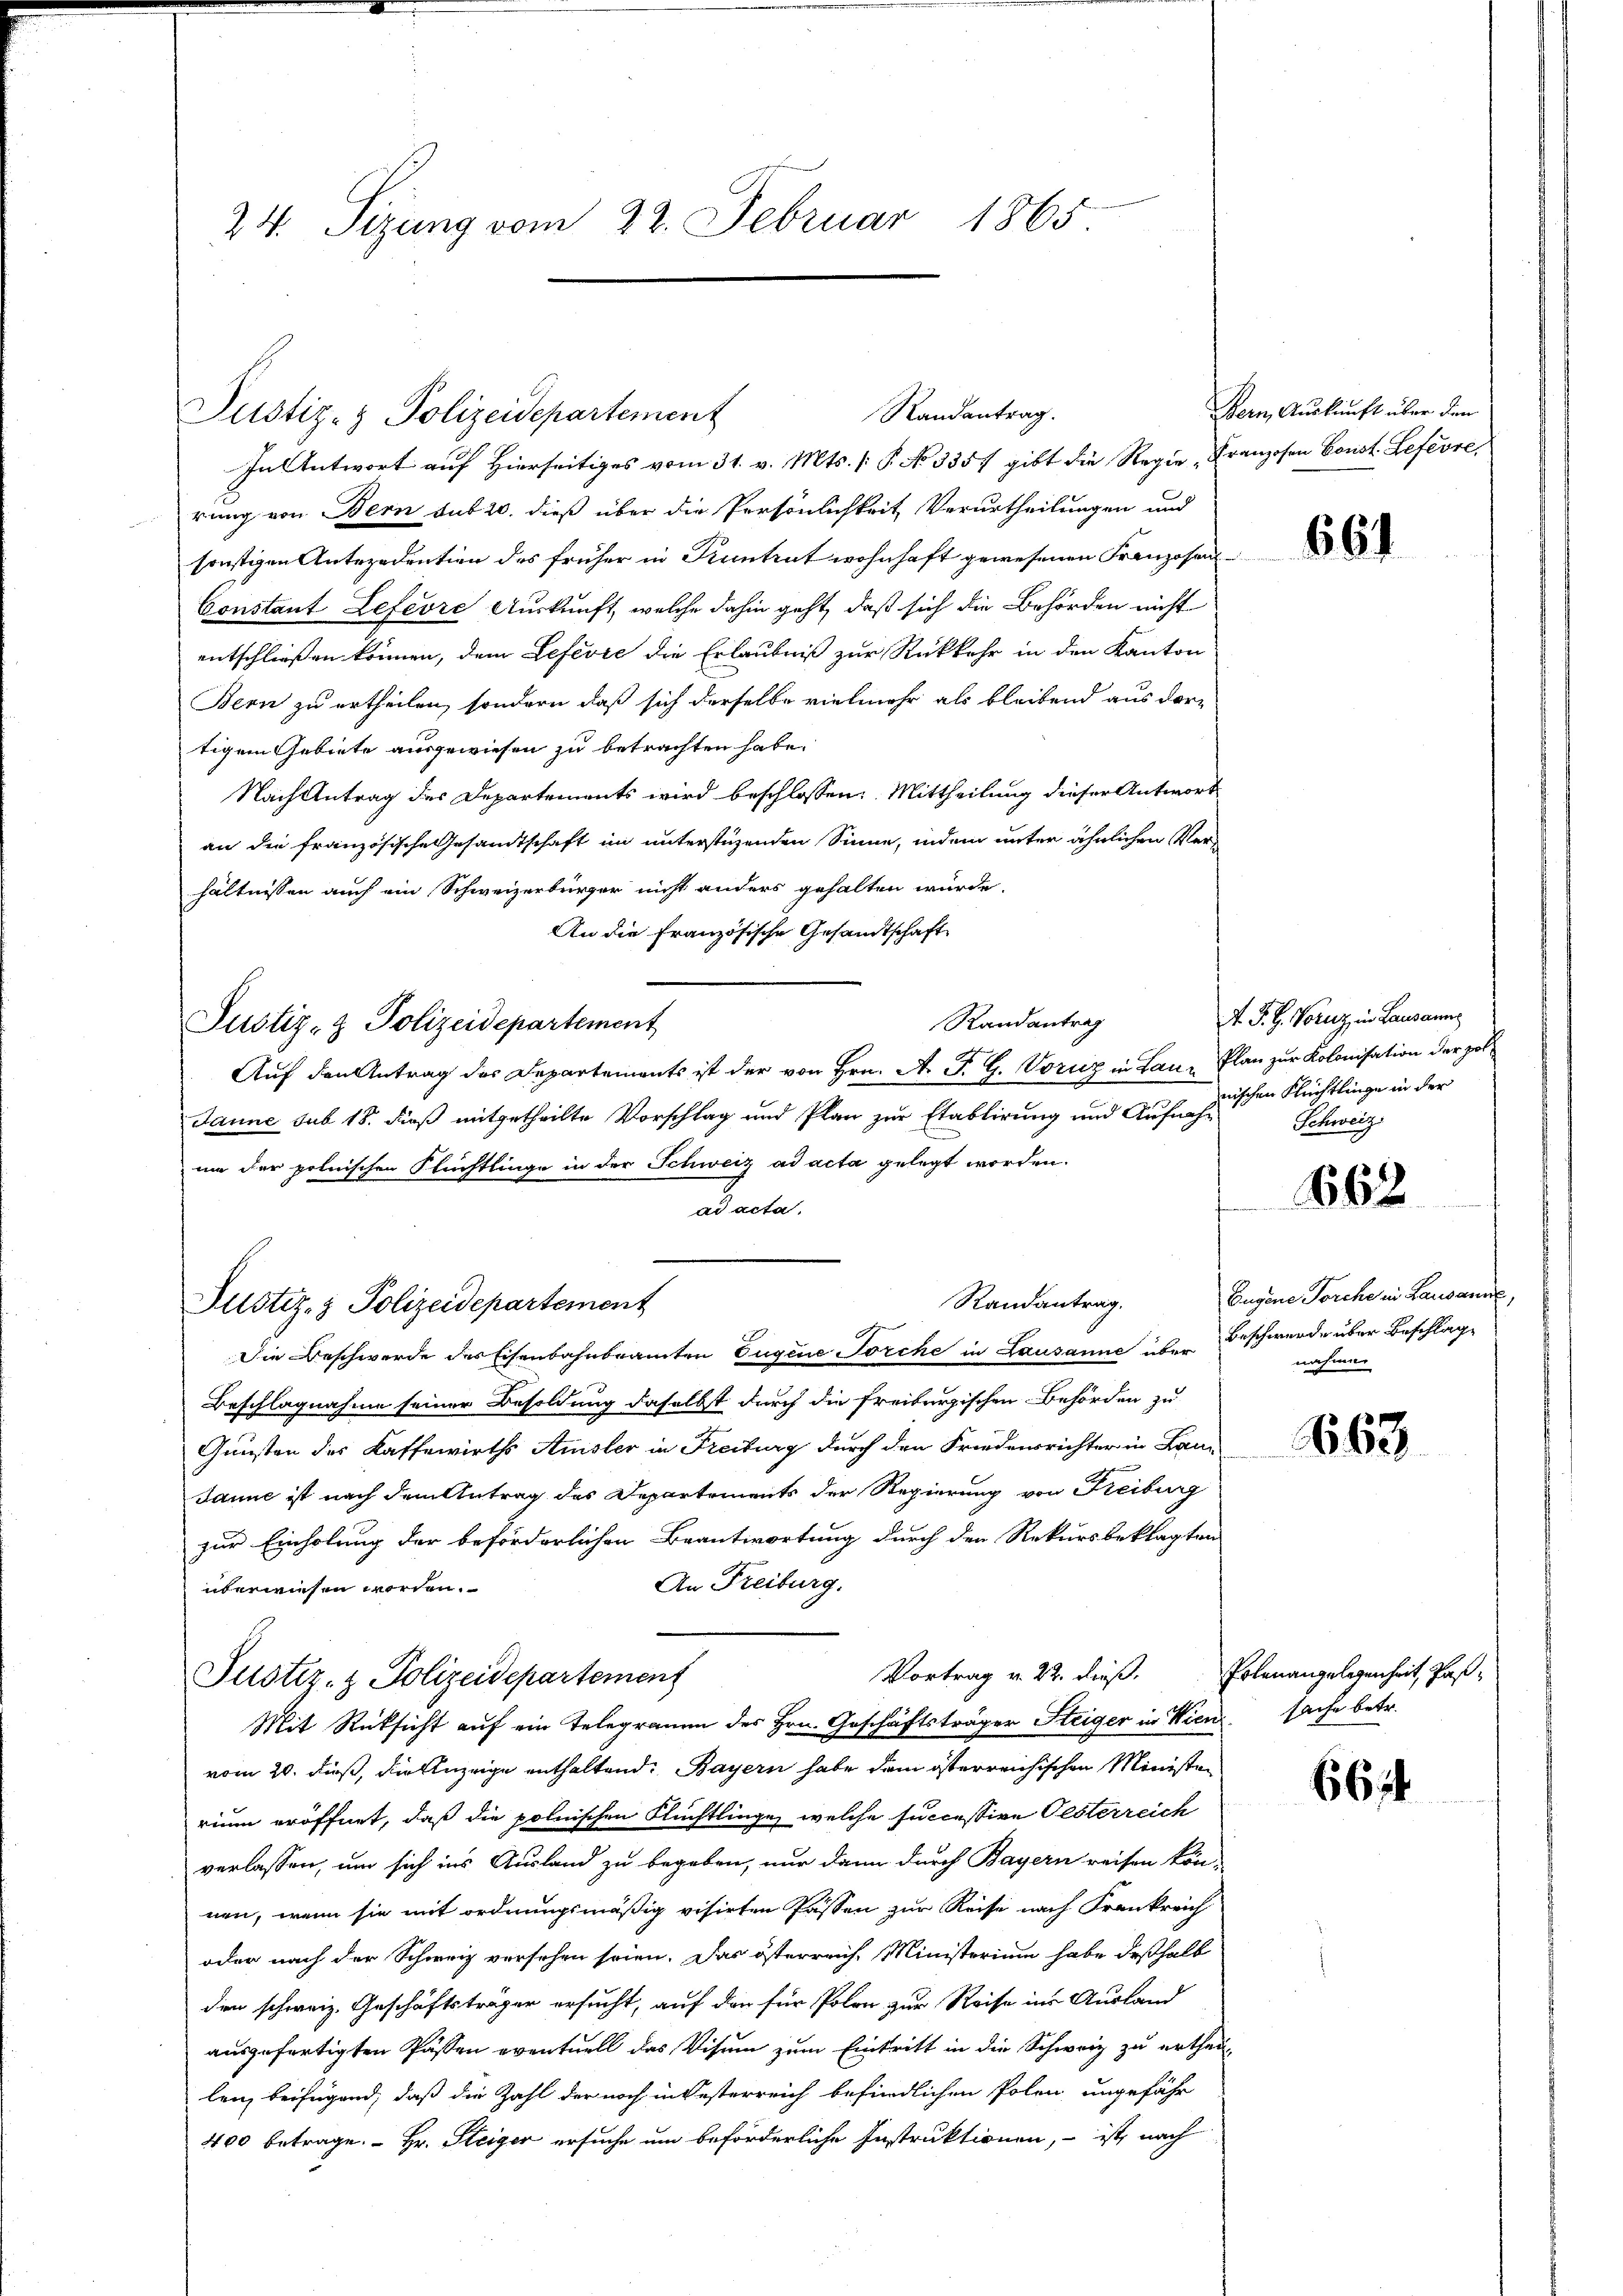
24. Sizung vom 22. Februar 1865.

Justiz- & Polizeidepartement

Justiz- & Polizeidepartement

rung von Bern sub 20. dieß über die Persönlichkeit Verurtheilungen und
sonstigen Antezedention des früher in Kuntrut wohnhaft gewesenen Franzosen-
Constant Lefevre Auskunft, welche dahin geht, daß sich die Behörden nicht
entschließen können, dem Lefević die Erlaubniß zur Rückkehr in den Kanton
Bern zu ertheilen, sondern daß sich derselbe vielmehr als bleibend aus der-
tigem Gebiete ausgewiesen zu betrachten habe.
Nach Antrag des Departements wird beschlossen: Mittheilung dieser Antwort
an die französische Gesandtschaft im unterstüzenden Sinne, indem unter ähnlichen Verhältnissen auch ein Schweizerbürger nicht anders gehalten würde.
An die Französische Gesandtschaft
Randantrag
Justiz- & Polizeidepartement
Auf den Antrag des Departements ist der von Hrn. A. J. G. Voricz in Lanze Plan zur Kolonisation der pol¬
Janne sub 18. dieß mitgetheilte Vorschlag und Plan zur Etablirung und Aufnahum der polnischen Flüchtlinge in der Schweiz ad acta gelegt worden.
ad acta.
Randantrag.
Die Beschwerde des Eisenbahnbrannten Eugene Torche in Lausanne über Beschwerde über Beschlag
Beschlagnahme seiner Besoldung daselbst durch die freiburgischen Behörden zu
Gunsten des Kaffewirths Amsler in Freiburg durch den Friedensrichter in Lan
Janne ist nach dem Antrag des Departements der Regierung von Freiburg
zur Einholung der beförderlichen Beantwortung durch den Rekursbeklagten
An Freiburg.
überwiesen worden.
Vortrag v. 22. dieß.
Justiz- & Polizeidepartement
Mit Rücksicht auf ein Telegramm des Hrn. Geschäftsträger Steiger in Wien sache betr.
vom 20. daß, die Anzeige enthaltend. Bayern habe dem österreichischen Ministen
rium eröffnet, daß die polnischen Flüchtlinge, welche successive Oesterreich
verlassen, um sich ins Ausland zu begeben, nur dann durch Bayern reisen kön-
nen, wenn sie mit ordnungsmäßig visirten Passen zur Reise nach Frankreich
oder nach der Schweiz versehen seien. Das österreich. Ministerium habe deßhalb
den schweiz. Geschäftsträger ersucht, auf den für Polen zur Reise ins Ausland
ausgefertigten Passen eventuell das Visum zum Eintritt in die Schweiz zu ertheillenz beifügend, daß die Zahl der noch in Oesterreich befindlichen Polen ungefähr
400 betrage. Hr. Steiger ersuche um beförderliche Instruktionen, – ist nach

Randantrag.
In Antwort auf Hierseitiges vom 31. v. Mts. [§ No 3357 gibt die Regie „Franzosen Const. Lefevre,

Bern, Auskunft über den

4 J. H. Voruz in Lausanne
nischen Flrichtlinge in der
Schweiz.

661.

662

Bugone Forche in Lausanne,
nahme

163

Polenangelegenheit, Pas¬

6644